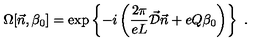
\Omega [ \vec { n } , \beta _ { 0 } ] = \exp \left\{ - i \left( \frac { 2 \pi } { e L } \vec { \cal D } \vec { n } + e Q \beta _ { 0 } \right) \right\} \ .